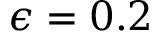
\epsilon = 0 . 2